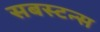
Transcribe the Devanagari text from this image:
सबस्टन्स